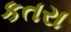
કતરા